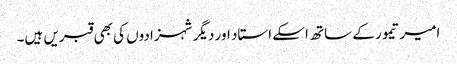
امیر تیمور کے ساتھ اسکے استاد اور دیگر شہزادوں کی بھی قبریں ہیں۔